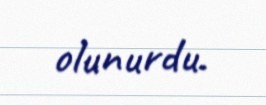
olunurdu.